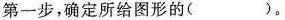
第一步，确定所给图形的()。